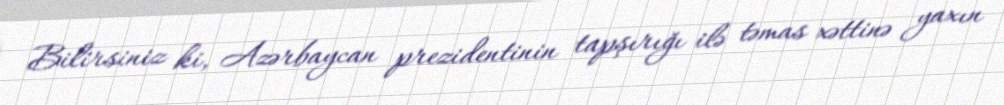
Bilirsiniz ki, Azərbaycan prezidentinin tapşırığı ilə təmas xəttinə yaxın